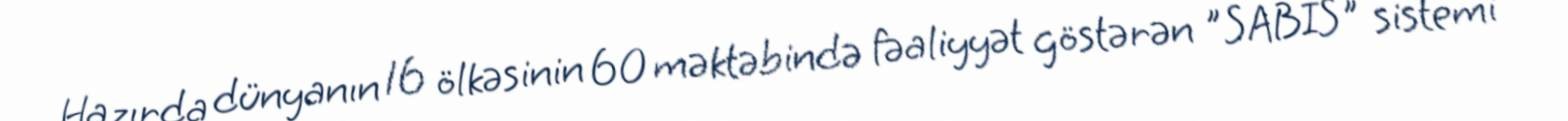
Hazırda dünyanın 16 ölkəsinin 60 məktəbində fəaliyyət göstərən "SABIS" sistemi